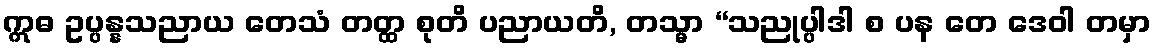
ဣဓ ဥပ္ပန္နသညာယ တေသံ တတ္ထ စုတိ ပညာယတိ, တသ္မာ “သညုပ္ပါဒါ စ ပန တေ ဒေဝါ တမှာ